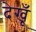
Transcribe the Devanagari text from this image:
देखूँ